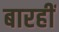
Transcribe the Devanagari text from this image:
बारहीं